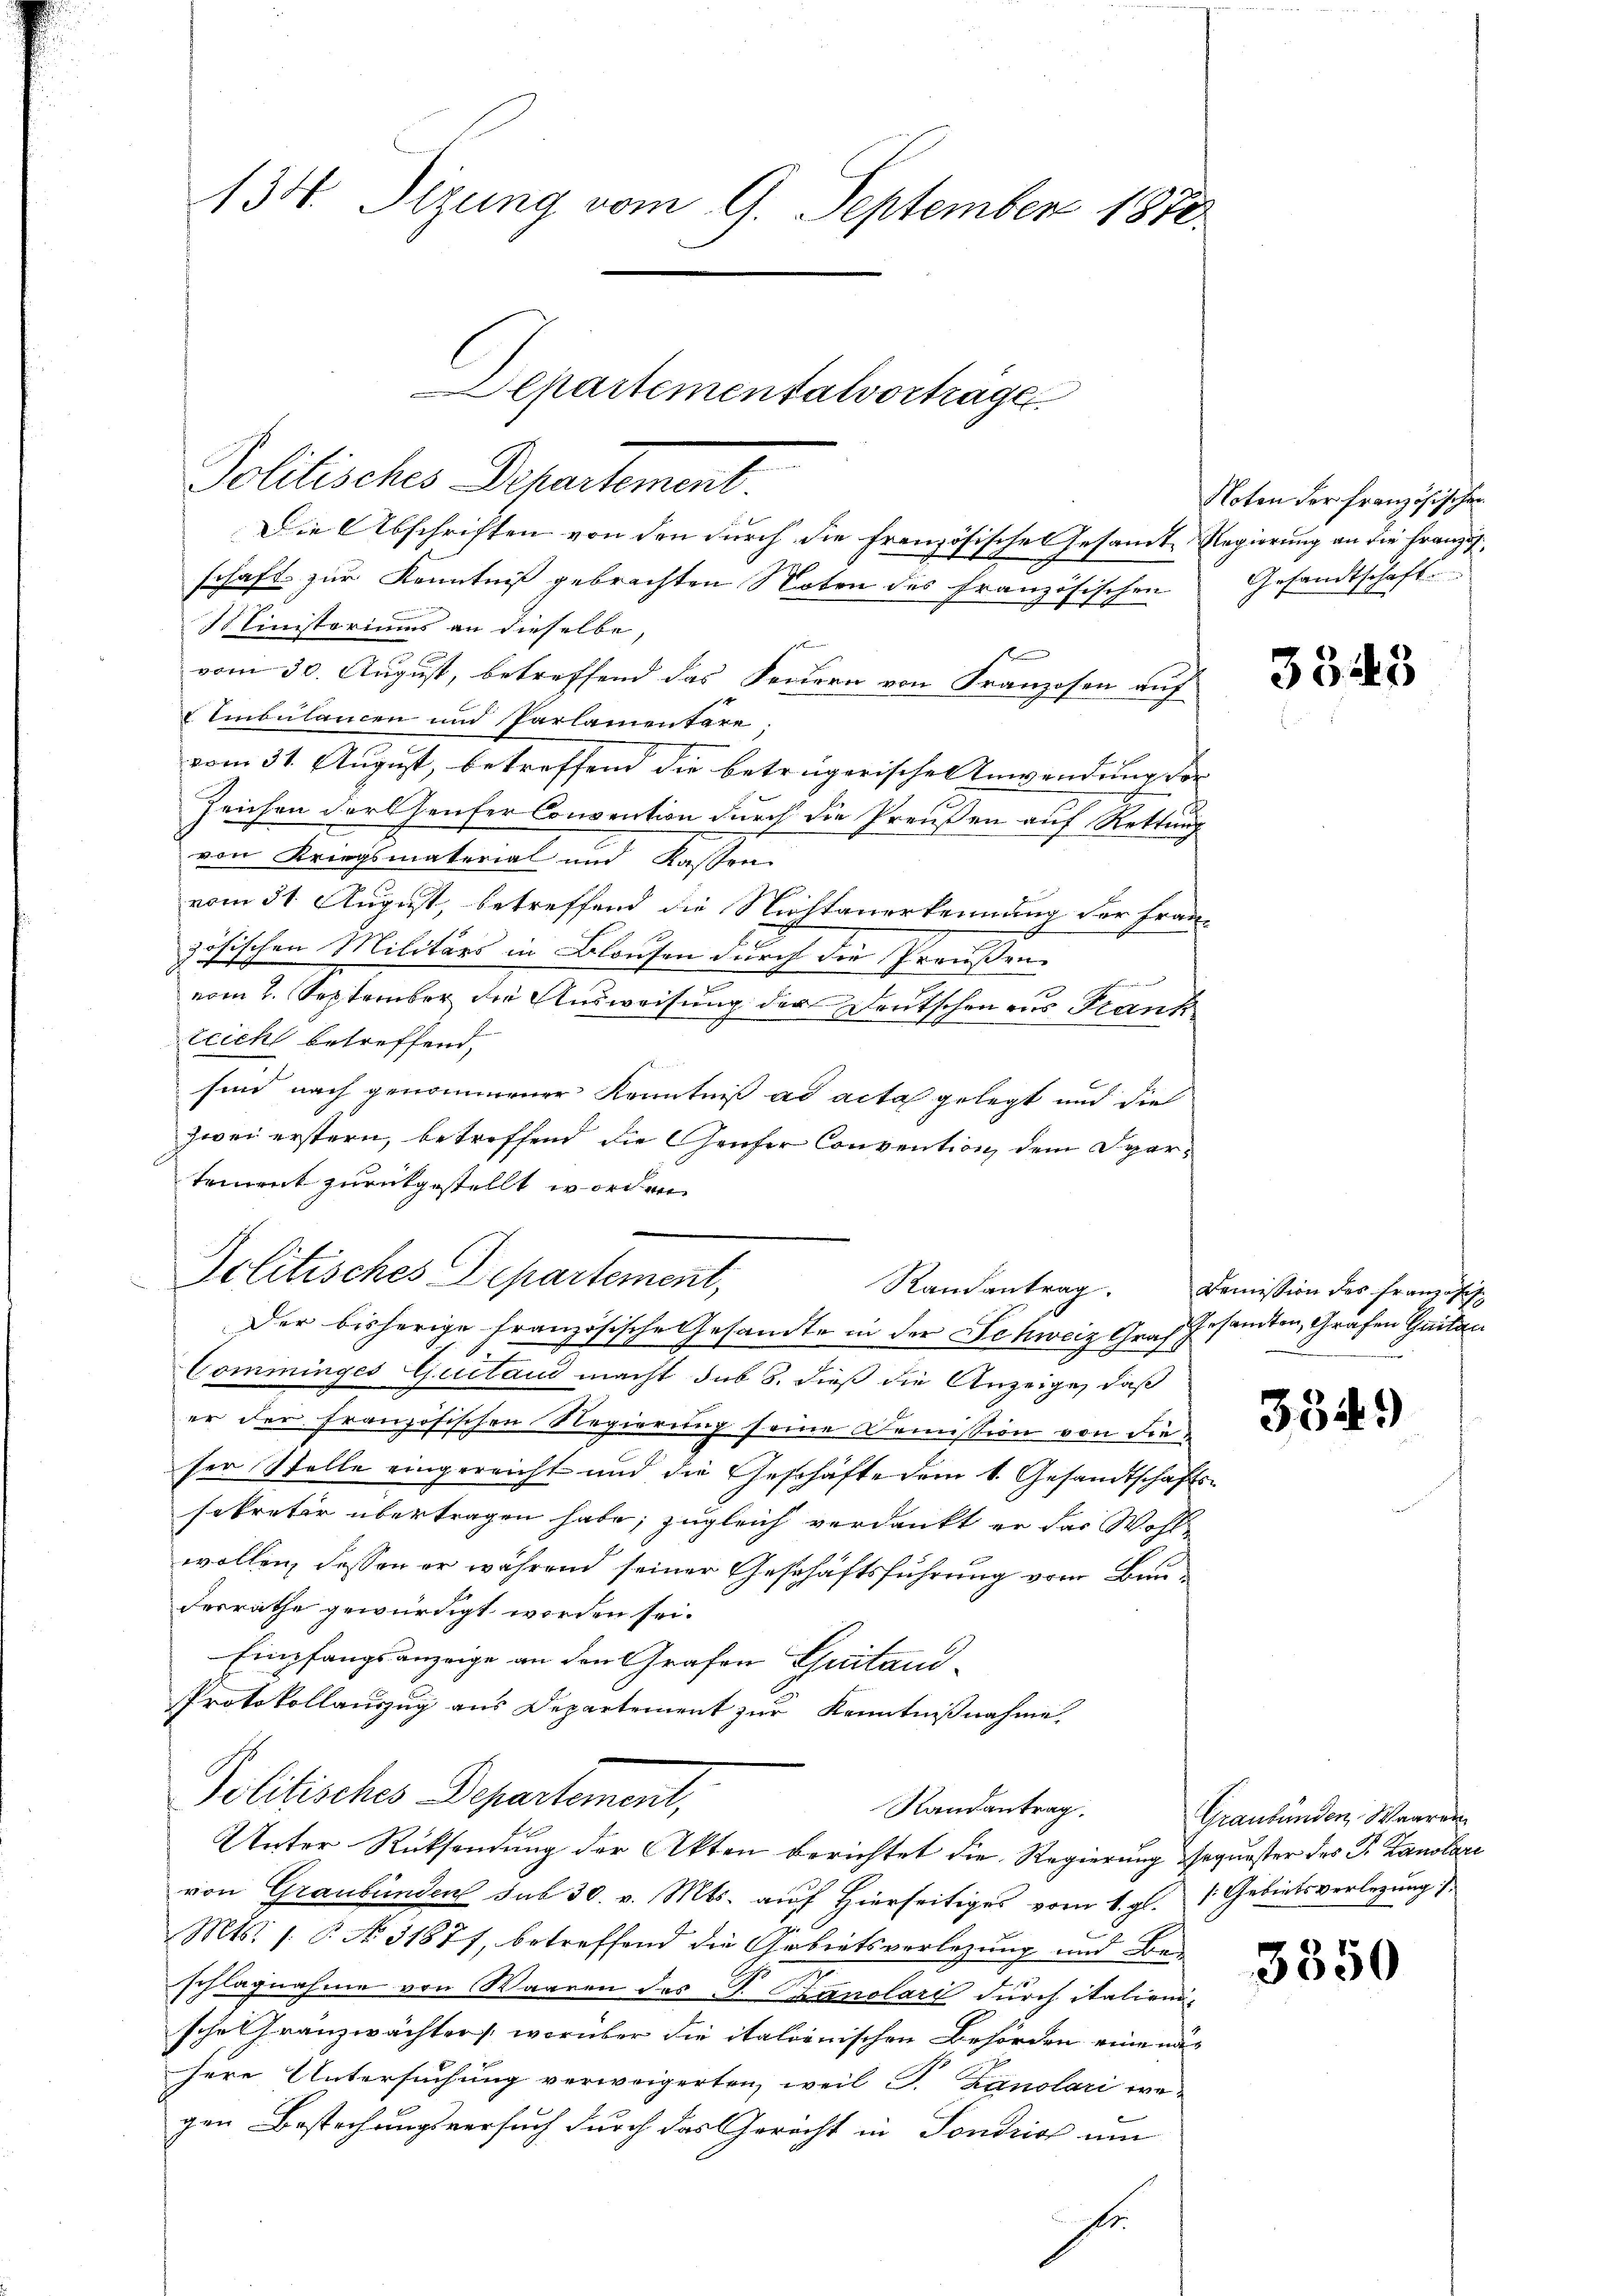
134. Sizung vom 9. September 1870.

Departementalvorträge
Politisches Departement.

Die Abschriften von den durch die französische Gesamte Regierung an die Französ
schaft zur Kenntniß gebrachten Noten des französischen
Ministoriums an dieselbe,
f
vom 30. August, betreffend das Feuern von Franzosen auf
 Imbulancen und Parlamentare.
vom 31. August, betreffend die betrügerische Anwendung von
Zeichen Forthenser Convention durch die Preußen auf Rettung
von Kriegsmaterial und Kassen
vom 31. August, betreffend die Nichtanerkennung der Frau-
zösischen Militärs in Blausen durch die Preußen
Kammen, und
vom 2. September die Ausweisung der Deutschen aus Frank
teich betreffend,
sind nach genommener Kenntniß ad acta gelegt und die
zwei erstern, betreffend die Genfer Convention dem Spartriret zurückgestellt worden.
Politisches Departement,
Der bisherige französische Gesandte in der Schweiz Graf¬
Comminges Quitand macht sub 8. dieß die Anzeige, daß
er der französischen Regierung seine Demission von dieser Stelle eingereicht und die Geschäfte dem 1. Gesandtschafts-
sekretär übertragen habe; zugleich verdankt er das Wohl-
wollen, dessen er während seiner Geschäftsführung vom Bauferrathe gewürdigt worden sei.
Empfangsanzeige an den Grafen Churitand¬
Protokollauszug aus Departement zur Kenntnißnahme.
Politisches Departement,
Randantrag.
Unter Rücksendung der Akten berichtet die Regierung Sequester des Fr. Kanolare
von Graubünden sub 30. v. Mts. auf Hierseitiges vom 1. gl. Gebietsverlegung
Mts. 1. P. No. 31877, betreffend die Gebietsverlegung und Beschlagnahme von Waaren des P. Ozanolari durch italien
sche Franzwächter worüber die italionischen Behörden eine nur
here Untersuchung verweigerten, weil P. Zanolari we-
gen Bestechungsversuch durch das Gericht in Fondrios um
.

Randantrag.

Noten der französischen
Gesandtschaft

3343

Demission des Französis
Gesamten, Grafen Quitan

3549)

Graubünden Waaren

3350